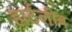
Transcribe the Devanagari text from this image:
हार्टलीब